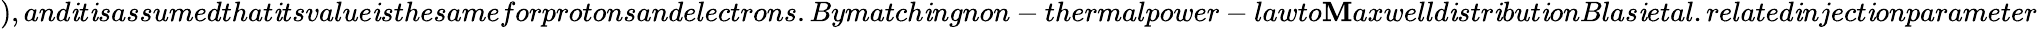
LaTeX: ),and\mathit{i}t\mathit{i}sassumedthat\mathit{i}tsvalue\mathit{i}sthesameforprotonsandelectrons.Bymatch\mathit{i}ngnon-thermalpower-lawto\mathbf{M}axwelld\mathit{i}str\mathit{i}but\mathit{i}onBlas\mathit{i}etal.related\mathit{i}nject\mathit{i}onparameter